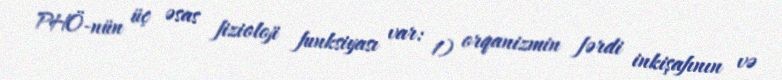
PHÖ-nün üç əsas fizioloji funksiyası var: 1) orqanizmin fərdi inkişafının və